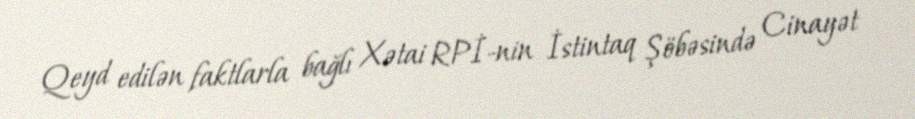
Qeyd edilən faktlarla bağlı Xətai RPİ-nin İstintaq Şöbəsində Cinayət